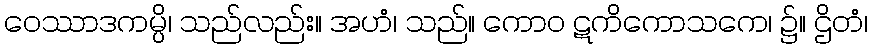
ဝေဿာဒကမ္ပိ၊ သည်လည်း။ အဟံ၊ သည်။ ကောဝ ဋကိကောသကေ၊ ၌။ ဌိတံ၊